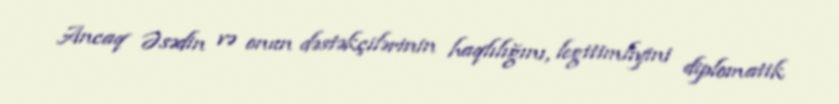
Ancaq Əsədin və onun dəstəkçilərinin haqlılığını, legitimliyini diplomatik